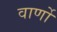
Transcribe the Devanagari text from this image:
वार्णो